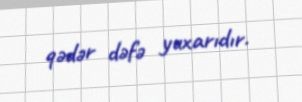
qədər dəfə yuxarıdır.